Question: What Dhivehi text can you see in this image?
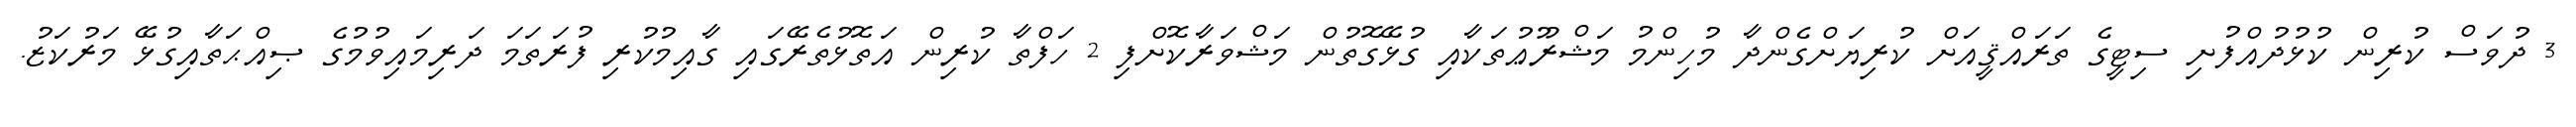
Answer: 3 ދުވަސް ކުރިން ކުޅުދުއްފުށި ސިޓީގެ ތަރައްޤީއަށް ކުރިޔަށްގެންދާ މުހިންމު މަޝްރޫޢުތަކާއި ގުޅޭގޮތުން މަޝްވަރާކޮށްފި 2 ހަފްތާ ކުރިން އަތޮޅުތެރޭގައި ގާއިމުކުރި ފުރަތަމަ ދަރިމައިވުމުގެ ޞިއްޙަތާއިގުޅޭ މަރުކަޒު.